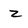
Character: z